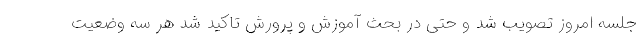
جلسه امروز تصویب شد و حتی در بحث آموزش و پرورش تاکید شد هر سه وضعیت